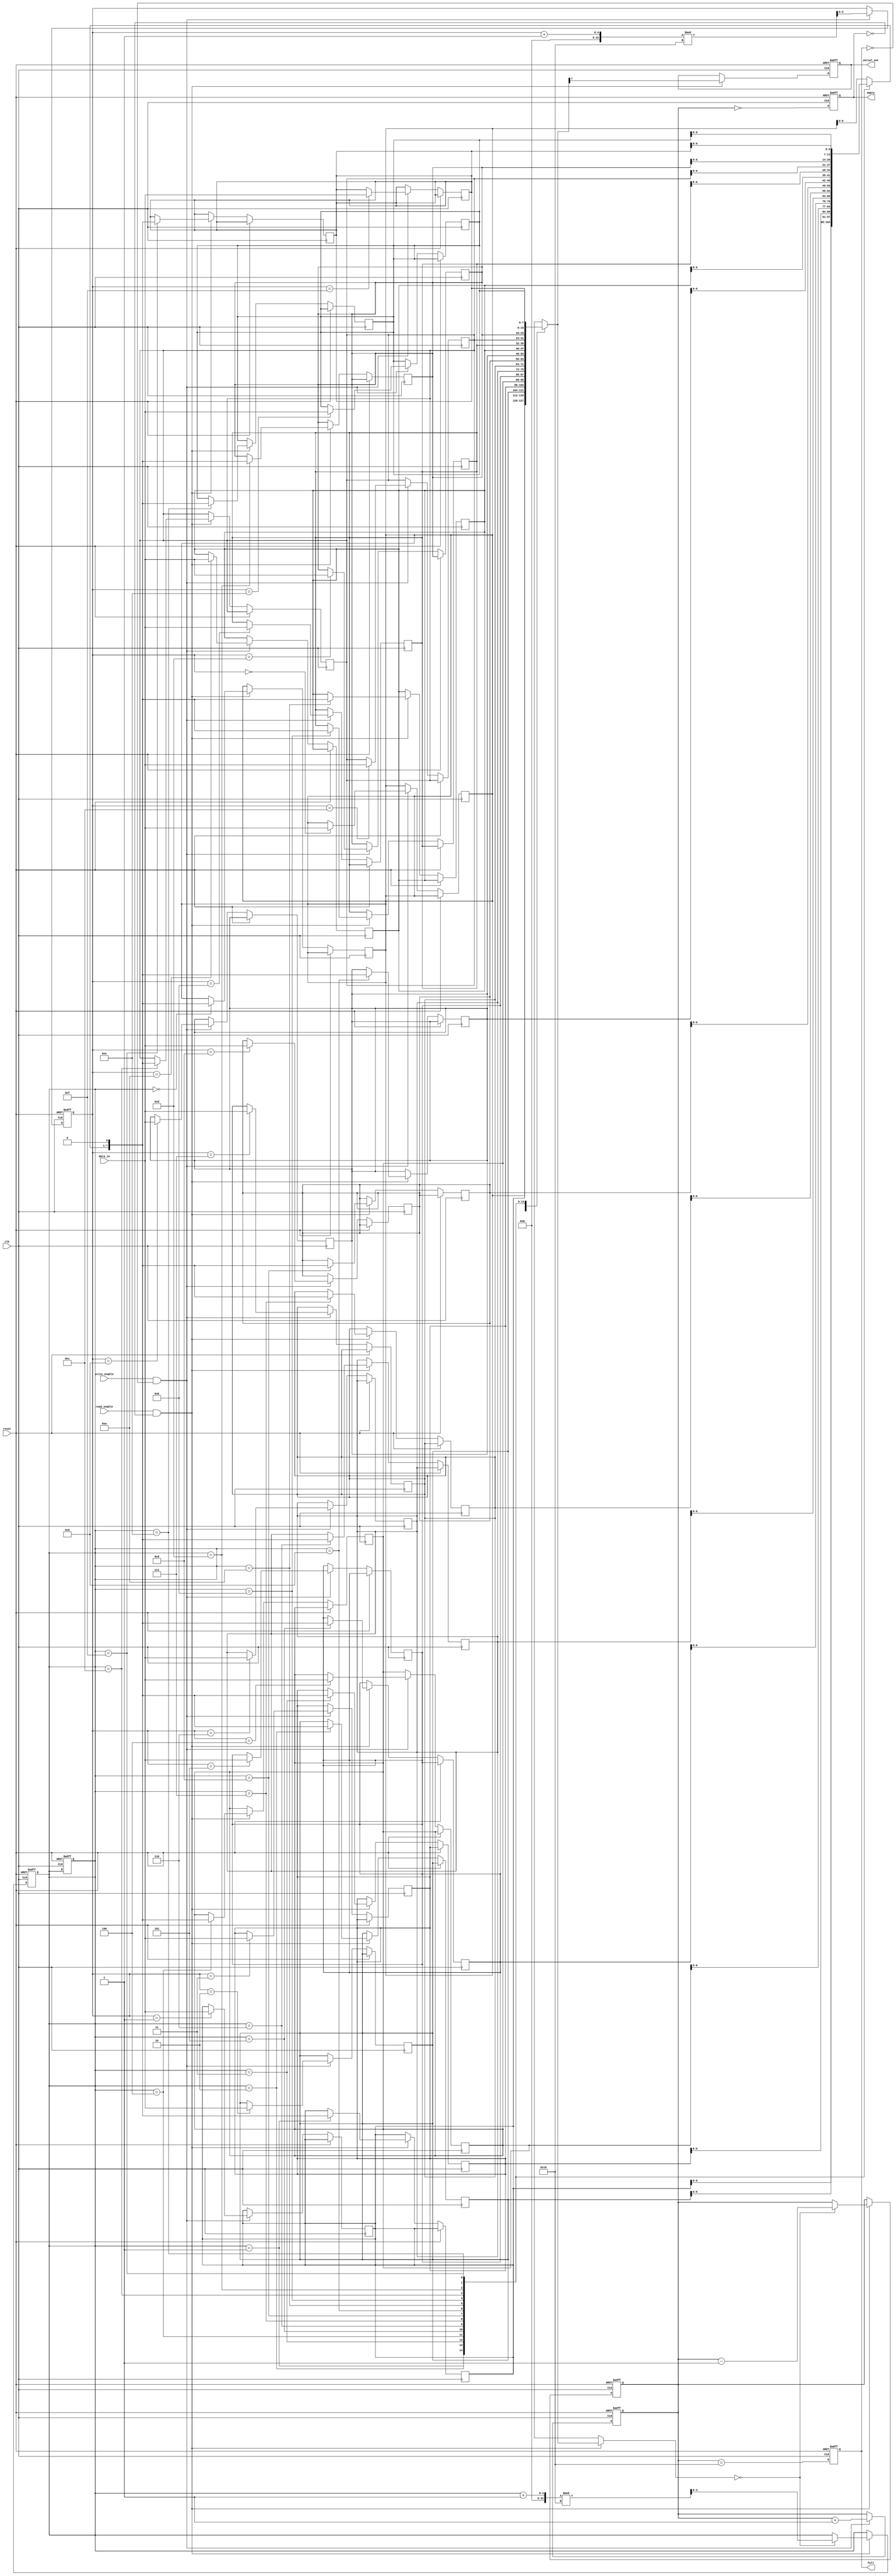
module fifo_piso #(
    parameter DATA_WIDTH = 8,  // Width of the data input
    parameter FIFO_DEPTH = 16   // Depth of the FIFO
)(
    input wire clk,              // Clock signal
    input wire reset,            // Reset signal
    input wire write_enable,     // Write enable signal
    input wire read_enable,      // Read enable signal
    input wire [DATA_WIDTH-1:0] data_in, // Parallel data input
    output reg serial_out,       // Serial output
    output reg full,             // FIFO full flag
    output reg empty             // FIFO empty flag
);

    // Internal storage for the FIFO
    reg [DATA_WIDTH-1:0] fifo_mem [0:FIFO_DEPTH-1];
    reg [3:0] write_pointer;     // Pointer for writing data
    reg [3:0] read_pointer;      // Pointer for reading data
    reg [4:0] count;             // Count of elements in the FIFO

    // Initialize the FIFO
    initial begin
        write_pointer = 0;
        read_pointer = 0;
        count = 0;
        full = 0;
        empty = 1;
    end

    // Write logic
    always @(posedge clk or posedge reset) begin
        if (reset) begin
            write_pointer <= 0;
            read_pointer <= 0;
            count <= 0;
            full <= 0;
            empty <= 1;
        end else begin
            if (write_enable && !full) begin
                fifo_mem[write_pointer] <= data_in; // Store data
                write_pointer <= (write_pointer + 1) % FIFO_DEPTH; // Circular increment
                count <= count + 1;
            end
            // Update full and empty flags
            full <= (count == FIFO_DEPTH);
            empty <= (count == 0);
        end
    end

    // Read logic
    always @(posedge clk or posedge reset) begin
        if (reset) begin
            serial_out <= 0;
            read_pointer <= 0;
            count <= 0;
            full <= 0;
            empty <= 1;
        end else begin
            if (read_enable && !empty) begin
                serial_out <= fifo_mem[read_pointer][DATA_WIDTH-1]; // Output the MSB
                fifo_mem[read_pointer] <= {fifo_mem[read_pointer][DATA_WIDTH-2:0], 1'b0}; // Shift left
                if (fifo_mem[read_pointer] == 0) begin
                    read_pointer <= (read_pointer + 1) % FIFO_DEPTH; // Circular increment
                    count <= count - 1;
                end
            end
            // Update full and empty flags
            full <= (count == FIFO_DEPTH);
            empty <= (count == 0);
        end
    end

endmodule